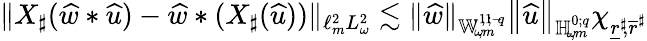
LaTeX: \lVert X_{\sharp}(\widehat{w}*{\widehat{u}})-\widehat{w}*(X_{\sharp}({\widehat{u}}))\rVert_{\ell_{m}^{2}L_{\omega}^{2}}\lesssim\lVert\widehat{w}\rVert_{{\mathbb{W}_{\! \omega\! ,m}^{1\! ,1\! ;{-\! q}}}}\left\lVert{\widehat{u}}\right\rVert_{{\mathbb{H}_{\! \omega\! ,m}^{0;{q}}}}\chi_{\underline{{r}}^{\sharp}\! ,\overline{{r}}^{\sharp}}